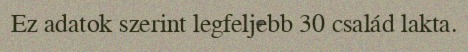
Ez adatok szerint legfeljebb 30 család lakta.